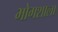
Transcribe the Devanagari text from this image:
भोगशाला